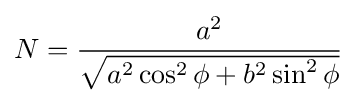
N={\frac {a^{2}}{\sqrt {a^{2}\cos ^{2}\phi +b^{2}\sin ^{2}\phi }}}